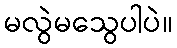
မလွဲမသွေပါပဲ။